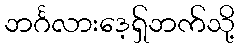
ဘင်္ဂလားဒေ့ရှ်ဘက်သို့